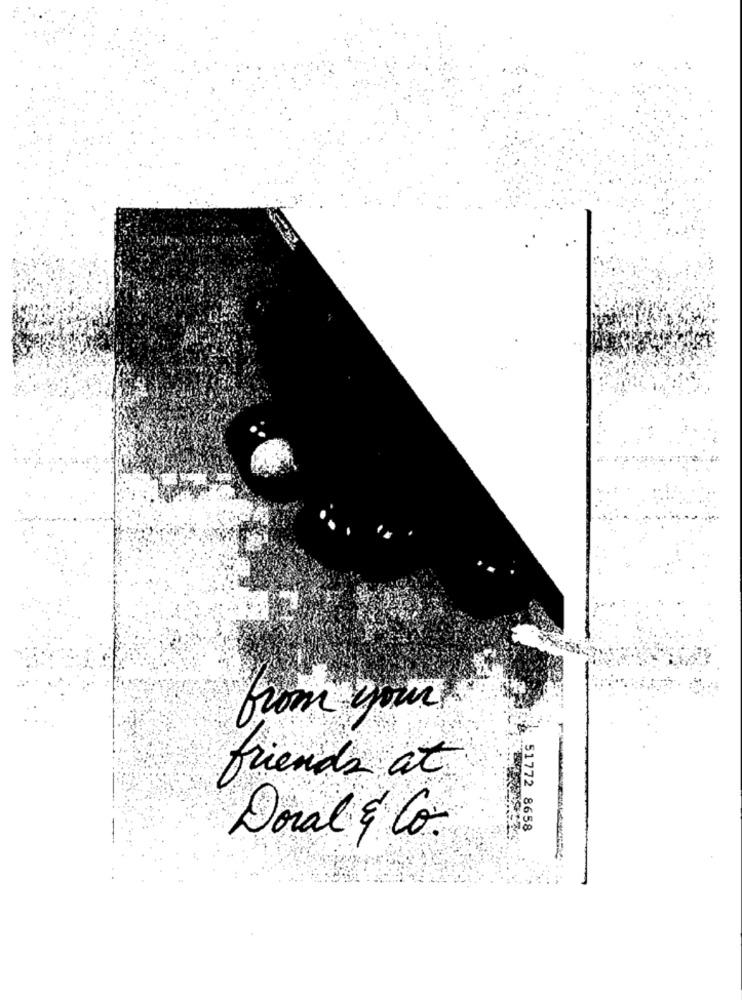
from your
-
friends at
51772 8658
Doral & Co.